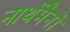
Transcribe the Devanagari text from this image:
नार्थमैनों